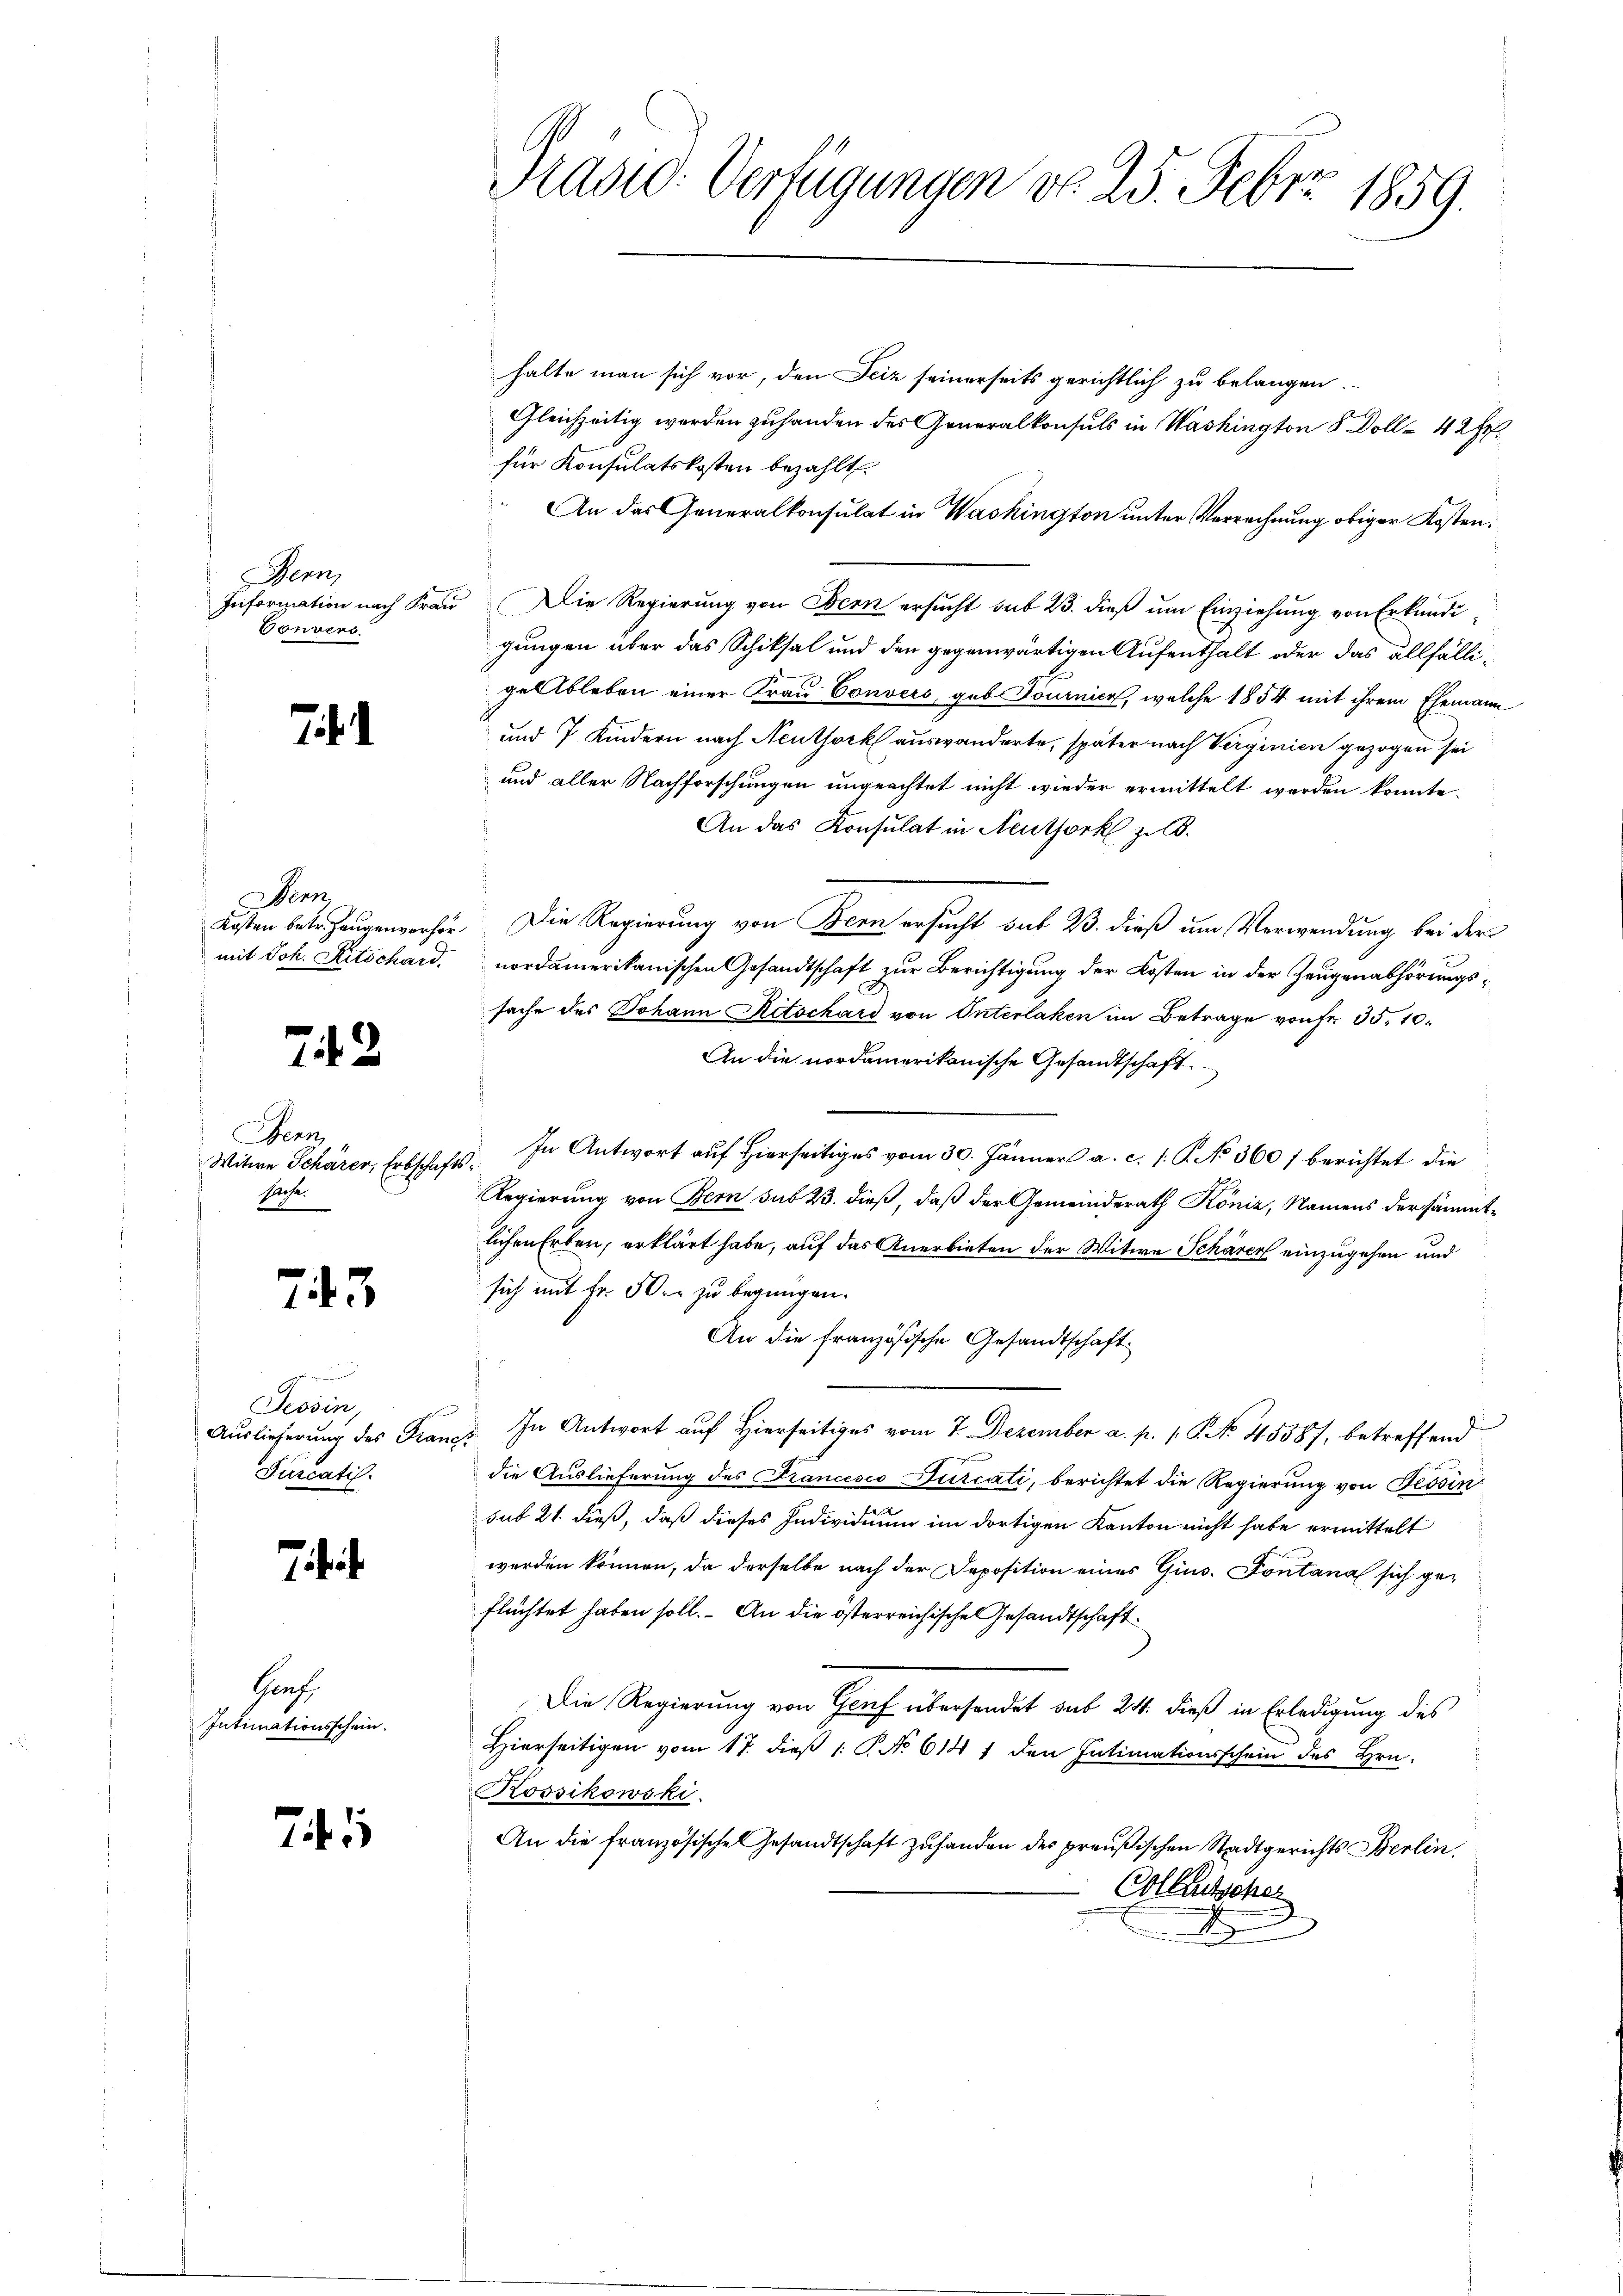
Bern,
Information nach Frau
Vonvers

7

enn
Kosten betr. Zeugenverhör
mit Joh. Ritschard.

243

Bern
Witwe Schärer, Erbschaft
Reg.
8

743

e
Tessin,
Auslieferung des Franz
Fiscatis.

.

Hach
Intimationsschein.

745

Prasio: Verfügungen do 25. Febrz 1859.

halte man sich vor, den Seiz seinerseits gerichtlich zu belangen.
Gleichzeitig werden zuhanden des Generalkonsuls in Washington 8 Doll- 42 Fr.
für Konsulatskosten bezahlt.
An das Generalkonsulat in Washington unter Verrechnung obiger Kosten:
Die Regierung von Bern ersucht sub 23. dieß um Einziehung von Erkundi
gungen über das Schiksal und den gegenwärtigen Aufenthalt oder das allfälligelbleben einer Frau Convers, geb. Tournier, welche 1854 mit ihrem Ehemann
und 7 Kindern nach Neuthork auswanderte, später nach Verginien gezogen sei
und aller Nachforschungen ungeachtet nicht wieder ermittelt werden konnte.
An das Konsulat in Neuthork zu
Die Regierung von Bern ersucht sub 23. dieß um Verwendung bei der
nordamerikanischen Gesandtschaft zur Berichtigung der Kosten in der Zeugenabhörungssache des Johann Ritschard von Interlaken im Betrage von Fr. 35. 10.
An die nordamerikanische Gesandtschaft
In Antwort auf Hierseitiges vom 30. Jänner a. c. s. S. No 360 f berichtet die
Regierung von Bern sub 23. dieß, daß der Gemeinderath Köniz, Namens der sämmtlichen Erben, erklärt habe, auf das Anerbieten der Witwe Schärer einzugehen und
sich mit Fr. 50c zu begnügen.
An die französische Gesandtschaft
In Antwort auf Hierseitiges vom 7. Dezember a. p. 1. No 45587, betreffend
die Auslieferung des Francesco Ducati, berichtet die Regierung von Tessin
sub 21. dieß, daß dieses Individuum im dortigen Kanton nicht habe ermittelt
werden können, da derselbe nach der Deposition eines Gins. Fontana sich geflüchtet haben soll. An die österreichische Gesandtschaft
Die Regierung von Genf übersendet sub 24. dieß in Erledigung des
Hierseitigen vom 17. dieß (: P. No 614 1 den Intimationsschein des Hrn.
Kossikowski.
An die französischen Gesandtschaft zuhanden der preußischen Stadtgerichts Berlin
Colletscher